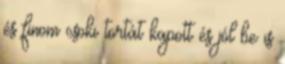
és finom csoki tortát kapott és jól be is